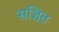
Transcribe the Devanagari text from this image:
सञ्चित